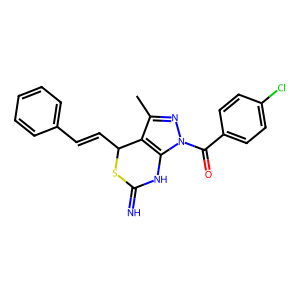
SMILES: Cc1nn(C(=O)c2ccc(Cl)cc2)c2c1C(C=Cc1ccccc1)SC(=N)N2
Inhibits HIV replication: Yes